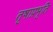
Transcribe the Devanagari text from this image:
तृषाप्रभृति